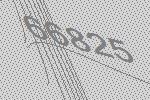
66825